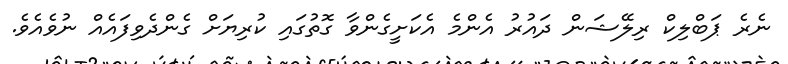
ނެރެ ޕަބްލިކް ރިލޭޝަން ދައުރު އެންމެ އެކަށީގެންވާ ގޮތުގައި ކުރިޔަށް ގެންދެވިފައެއް ނުވެއެވެ.